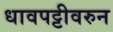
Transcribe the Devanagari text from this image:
धावपट्टीवरुन